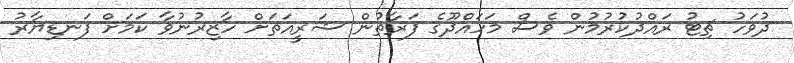
ދުވަހު ޗިޓު ރައްދުކުރުމުން ވެސް މަހައްދޫގެ ފަރާތުން ޝަރީއަތަށް ހާޒިރުނުވާ ކަމަށް ފަނޑިޔާރު